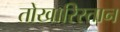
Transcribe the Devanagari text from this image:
तोखारिस्तान